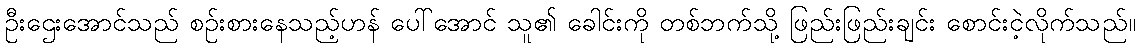
ဦးဌေးအောင်သည် စဉ်းစားနေသည့်ဟန် ပေါ်အောင် သူ၏ ခေါင်းကို တစ်ဘက်သို့ ဖြည်းဖြည်းချင်း စောင်းငဲ့လိုက်သည်။